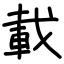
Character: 載